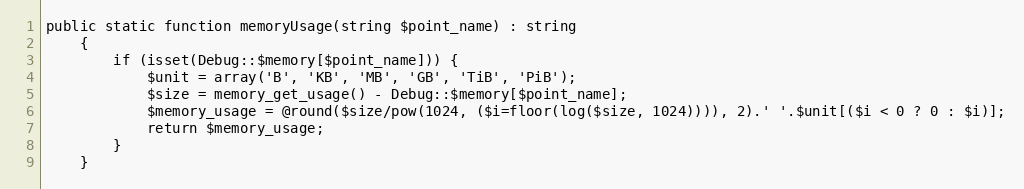
Language: PHP
public static function memoryUsage(string $point_name) : string
    {
        if (isset(Debug::$memory[$point_name])) {
            $unit = array('B', 'KB', 'MB', 'GB', 'TiB', 'PiB');
            $size = memory_get_usage() - Debug::$memory[$point_name];
            $memory_usage = @round($size/pow(1024, ($i=floor(log($size, 1024)))), 2).' '.$unit[($i < 0 ? 0 : $i)];
            return $memory_usage;
        }
    }